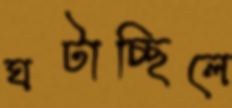
ঘটাচ্ছিলে